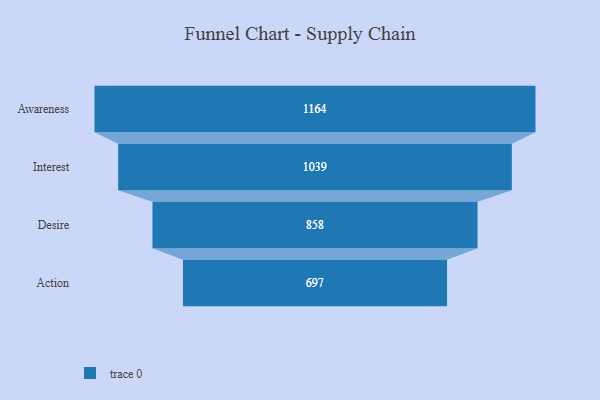
{"axis": {"x": "Stage", "y": "Value"}, "legend": [""], "data": [{"x": "Awareness", "y": 1164.0, "type": ""}, {"x": "Interest", "y": 1039.0, "type": ""}, {"x": "Desire", "y": 858.0, "type": ""}, {"x": "Action", "y": 697.0, "type": ""}]}